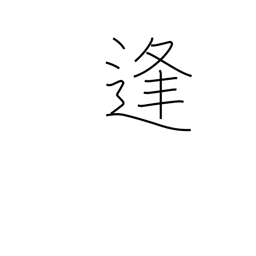
Meaning: date